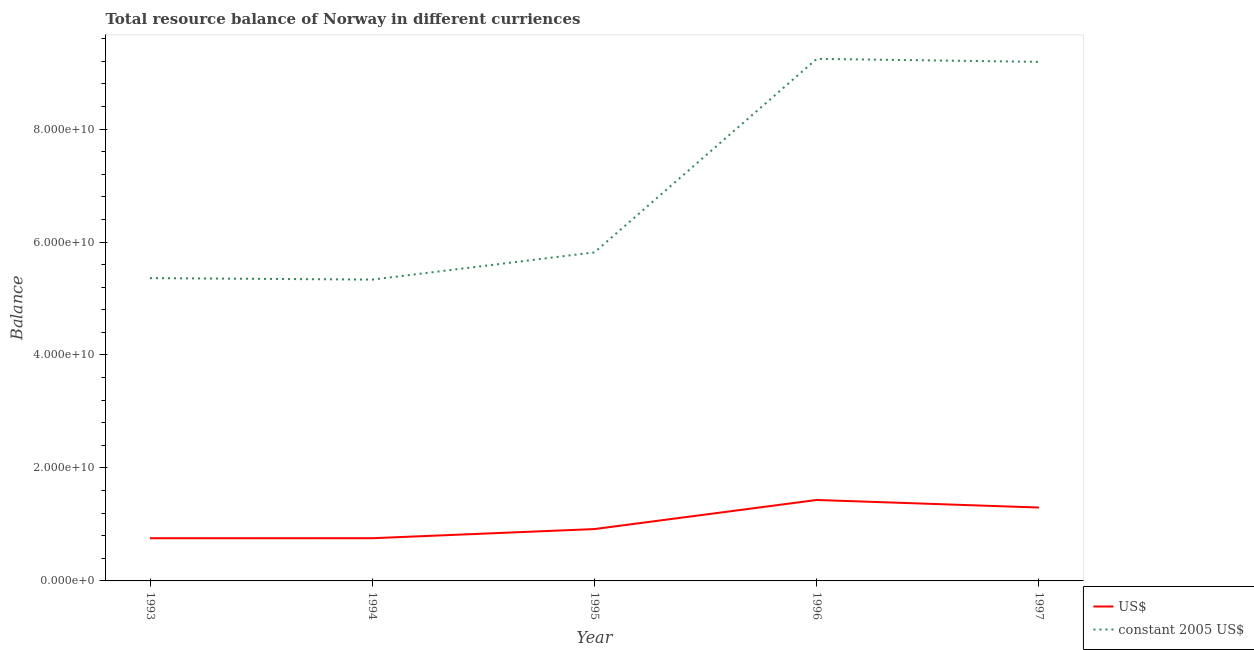
| Year | US$ | constant 2005 US$ |
 | --- | --- | --- |
 | 1993 | 7.56e+09 | 5.36e+10 |
 | 1994 | 7.56e+09 | 5.34e+10 |
 | 1995 | 9.18e+09 | 5.82e+10 |
 | 1996 | 1.43e+10 | 9.24e+10 |
 | 1997 | 1.3e+10 | 9.19e+10 |